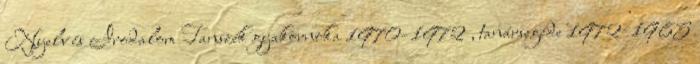
Nyelv és Irodalom Tanszék gyakornoka 1970–1972 , tanársegéde 1972–1985